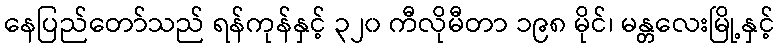
နေပြည်တော်သည် ရန်ကုန်နှင့် ၃၂၀ ကီလိုမီတာ ၁၉၈ မိုင်၊ မန္တလေးမြို့နှင့်